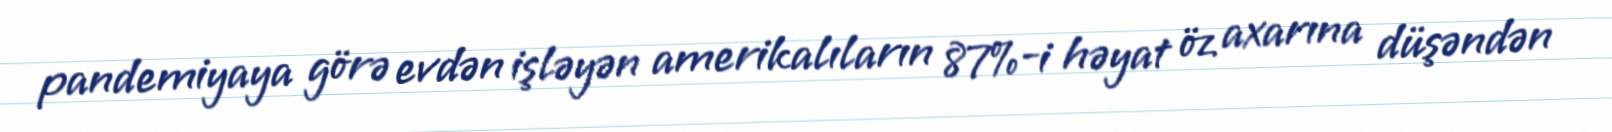
pandemiyaya görə evdən işləyən amerikalıların 87%-i həyat öz axarına düşəndən